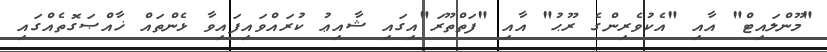
"މޫންލައިޓް" އާއި "އެކުވެރިންގެ ރޫޙު" އާއި "ފަތްތޫރަ"އިގައި ޝާއިޢު ކުރައްވައިފައިވާ ޅެންތައް ޚާއްޞަގޮތެއްގައި